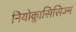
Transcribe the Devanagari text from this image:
नियोक्लासिसिज्म